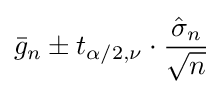
{\bar {g}}_{n}\pm t_{\alpha /2,\nu }\cdot {\dfrac {{\hat {\sigma }}_{n}}{\sqrt {n}}}